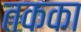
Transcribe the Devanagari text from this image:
तकका